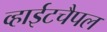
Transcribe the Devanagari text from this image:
व्हाईटचैपल